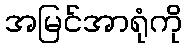
အမြင်အာရုံကို